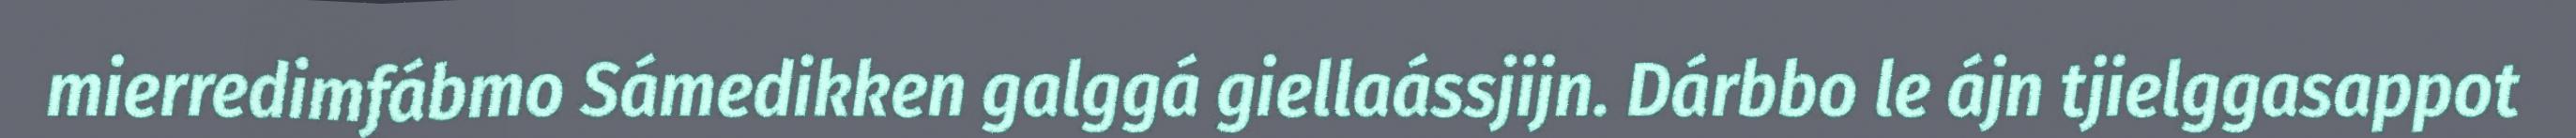
mierredimfábmo Sámedikken galggá giellaássjijn. Dárbbo le ájn tjielggasappot